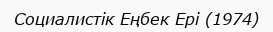
Социалистік Еңбек Ері (1974)